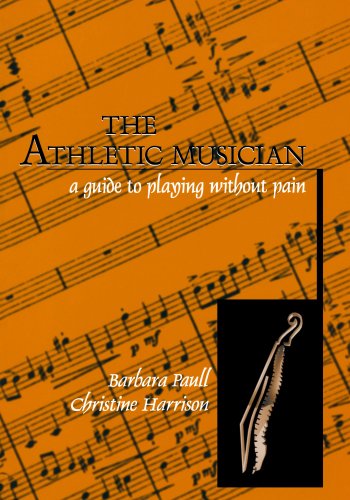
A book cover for The Athletic Musician: A Guide to Playing Without Pain; Barbara Paull; Health, Fitness & Dieting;